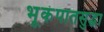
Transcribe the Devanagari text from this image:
भूकंपातसुद्धा